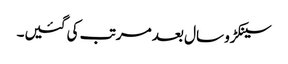
سینکڑو سال بعد مرتب کی گئیں۔